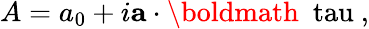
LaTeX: A=a_{0}+i{\mathbf a}\cdot\mathrm{\boldmath~\ tau~},